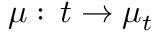
\mu : \, t \to \mu _ { t }